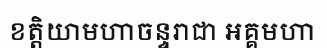
ខត្តិយាមហាចន្ទរាជា អគ្គមហា